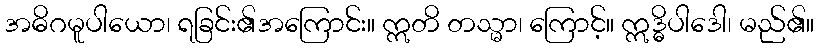
အဓိဂမူပါယော၊ ရခြင်း၏အကြောင်း။ ဣတိ တသ္မာ၊ ကြောင့်။ ဣဒ္ဓိပါဒေါ၊ မည်၏။